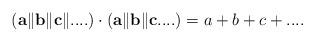
LaTeX: \begin{align*}({\bf a}\Vert {\bf b} \Vert {\bf c} \Vert ....)\cdot({\bf a}\Vert {\bf b} \Vert {\bf c}....) = a+b+c+....\end{align*}